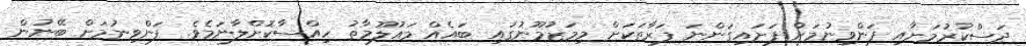
ދަސްކުރުމަށާއި ފަންވިނުމަށް ފަށައިގަންނަ ފަރާތަކަށް މިމަޒުމޫނުގައި ބައެއް މައުލޫމާތު ހިއްސާކޮށްލާނަމެވެ. ފަންވިނުމަށް ބޭނުން